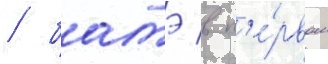
/ батэ в п'е́рвом